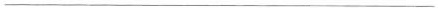
___